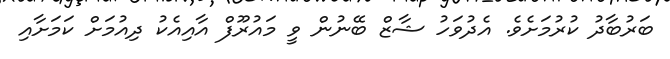
ބަރުބާދު ކުރުމަށެވެ. އެދުވަހު ޝާޒް ބޭނުން ވީ މައުރޫފް އާއިއެކު ދިއުމަށް ކަމަށާއި